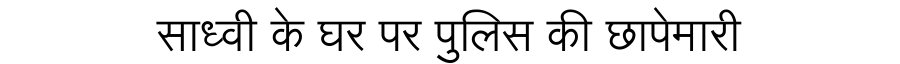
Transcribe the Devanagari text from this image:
साध्वी के घर पर पुलिस की छापेमारी